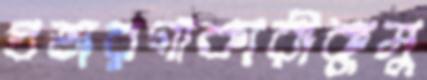
প্রতারণাকারীকুমু